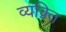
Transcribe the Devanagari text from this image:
व्यक़्ति